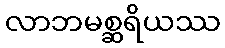
လာဘမစ္ဆရိယဿ